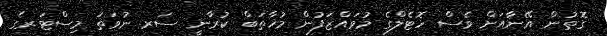
ގޮތުން އޭނާއަށް ވެސް ހޮޓެލްގެ މުވައްޒަފުން މުޚާތަބް ކުރާނީ ސަރ ނުވަތަ މިސްޓަރގެ